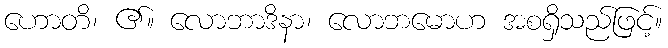
ဟောတိ၊ ၏။ လောဘာဒိနာ၊ လောဘမောဟ အစရှိသည်ဖြင့်။